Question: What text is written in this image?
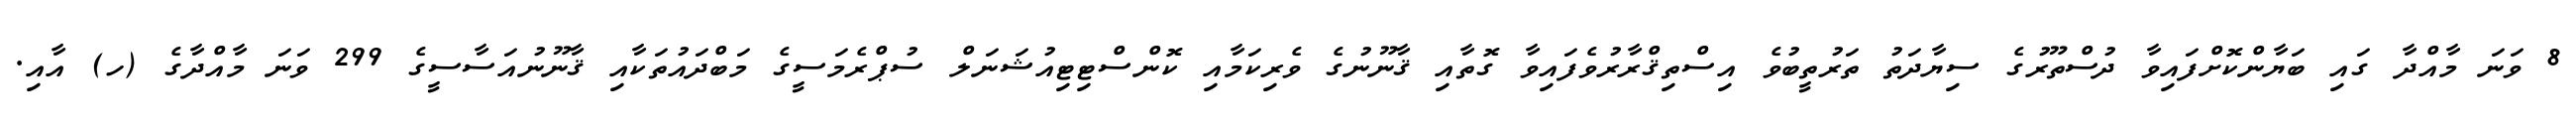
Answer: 8 ވަނަ މާއްދާ ގައި ބަޔާންކޮށްފައިވާ ދުސްތޫރުގެ ސިޔާދަތު ތަރުތީބުވެ އިސްތިޤްރާރުވެފައިވާ ގޮތާއި ޤާނޫނުގެ ވެރިކަމާއި ކޮންސްޓިޓިއުޝަނަލް ސުޕްރެމަސީގެ މަބްދައުތަކާއި ޤާނޫނުއަސާސީގެ 299 ވަނަ މާއްދާގެ (ހ) އާއި.